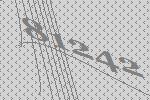
81242